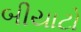
બીયાટો